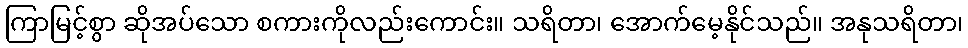
ကြာမြင့်စွာ ဆိုအပ်သော စကားကိုလည်းကောင်း။ သရိတာ၊ အောက်မေ့နိုင်သည်။ အနုသရိတာ၊